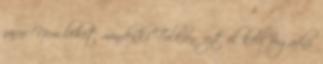
zavar Nem lehet mindenki Tolkien, ezt el kell fogadni.